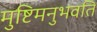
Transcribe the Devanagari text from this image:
मुष्टिमनुभवति